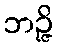
ဘဉ္ဇိ